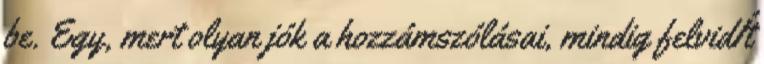
be. Egy, mert olyan jók a hozzámszólásai, mindig felvidÍt